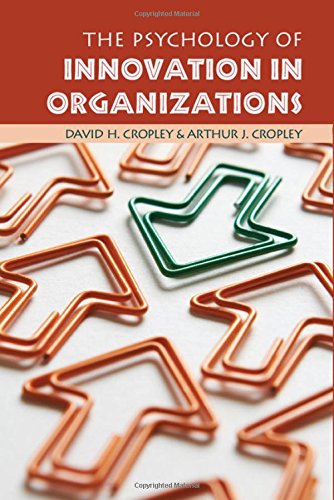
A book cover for The Psychology of Innovation in Organizations; David H. Cropley; Business & Money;